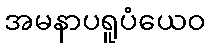
အမနာပရူပံယေဝ